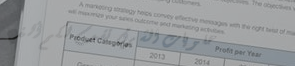
حلويات الشرق تقدم لكم ألذ